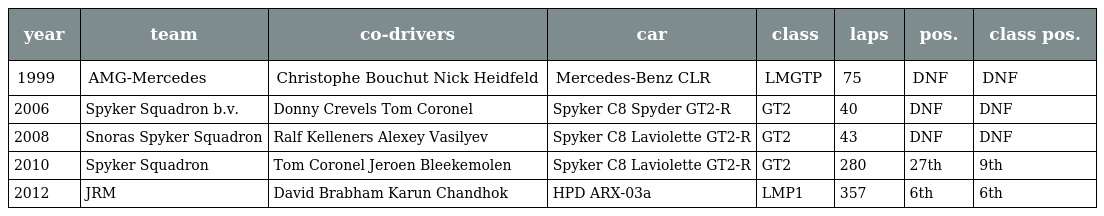
| year | team | co-drivers | car | class | laps | pos. | class pos. |
 | --- | --- | --- | --- | --- | --- | --- | --- |
 | 1999 | AMG-Mercedes | Christophe Bouchut Nick Heidfeld | Mercedes-Benz CLR | LMGTP | 75 | DNF | DNF |
 | 2006 | Spyker Squadron b.v. | Donny Crevels Tom Coronel | Spyker C8 Spyder GT2-R | GT2 | 40 | DNF | DNF |
 | 2008 | Snoras Spyker Squadron | Ralf Kelleners Alexey Vasilyev | Spyker C8 Laviolette GT2-R | GT2 | 43 | DNF | DNF |
 | 2010 | Spyker Squadron | Tom Coronel Jeroen Bleekemolen | Spyker C8 Laviolette GT2-R | GT2 | 280 | 27th | 9th |
 | 2012 | JRM | David Brabham Karun Chandhok | HPD ARX-03a | LMP1 | 357 | 6th | 6th |